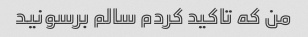
من که تاکید کردم سالم برسونید